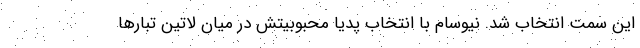
این سمت انتخاب شد. نیوسام با انتخاب پدیا محبوبیتش در میان لاتین تبارها